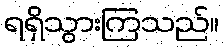
ရရှိသွားကြသည်။